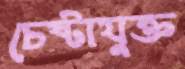
চেষ্টাযুক্ত